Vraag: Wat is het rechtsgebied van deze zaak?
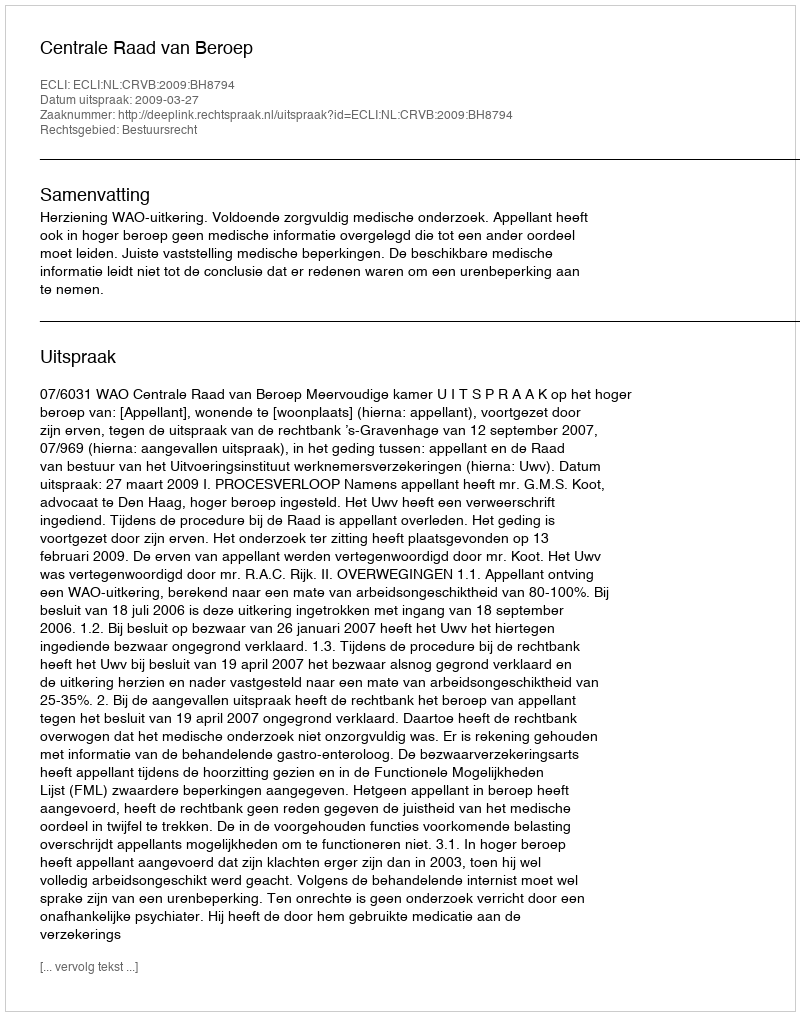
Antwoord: Bestuursrecht